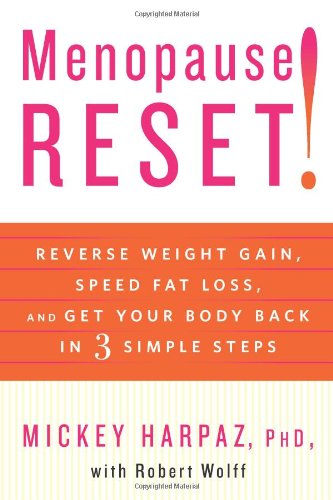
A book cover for Menopause Reset!: Reverse Weight Gain, Speed Fat Loss, and Get Your Body Back in 3 Simple Steps; Mickey Harpaz; Health, Fitness & Dieting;